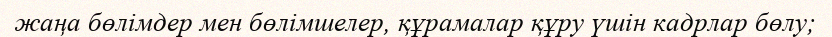
жаңа бөлімдер мен бөлімшелер, құрамалар құру үшін кадрлар бөлу;